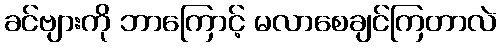
ခင်ဗျားကို ဘာကြောင့် မလာစေချင်ကြတာလဲ